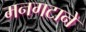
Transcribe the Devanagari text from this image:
मनगटाने